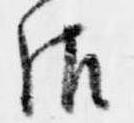
御